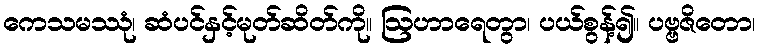
ကေသမဿုံ၊ ဆံပင်နှင့်မုတ်ဆိတ်ကို။ ဩဟာရေတွာ၊ ပယ်စွန့်၍။ ပဗ္ဗဇိတော၊